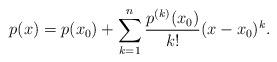
LaTeX: \begin{align*}p(x)=p(x_0)+\sum_{k=1}^n \frac{p^{(k)}(x_0)}{k!} (x-x_0)^k.\end{align*}